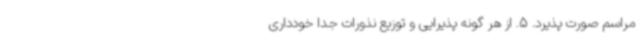
مراسم صورت پذیرد. 5. از هر گونه پذیرایی و توزیع نذورات جدا خودداری